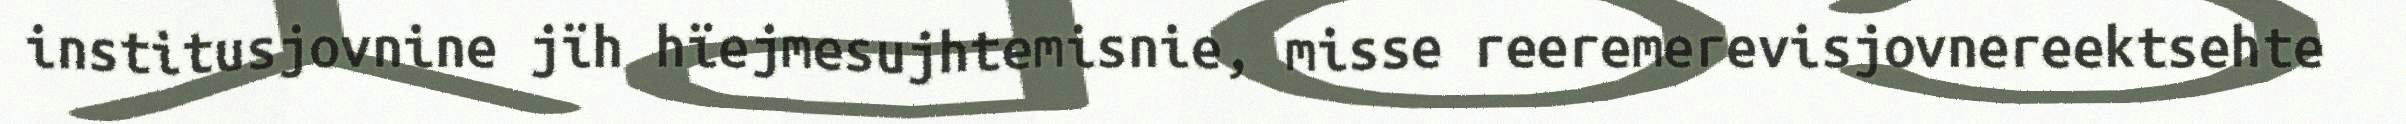
institusjovnine jïh hïejmesujhtemisnie, misse reeremerevisjovnereektsehte